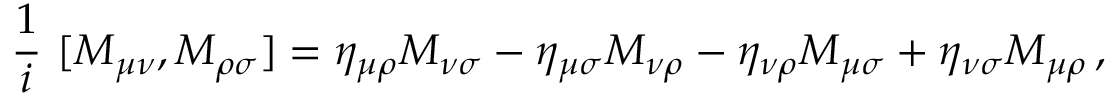
~ { \frac { 1 } { i } } ~ [ M _ { \mu \nu } , M _ { \rho \sigma } ] = \eta _ { \mu \rho } M _ { \nu \sigma } - \eta _ { \mu \sigma } M _ { \nu \rho } - \eta _ { \nu \rho } M _ { \mu \sigma } + \eta _ { \nu \sigma } M _ { \mu \rho } \, ,